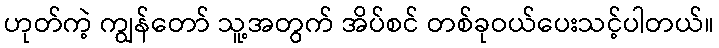
ဟုတ်ကဲ့ ကျွန်တော် သူ့အတွက် အိပ်စင် တစ်ခုဝယ်ပေးသင့်ပါတယ်။